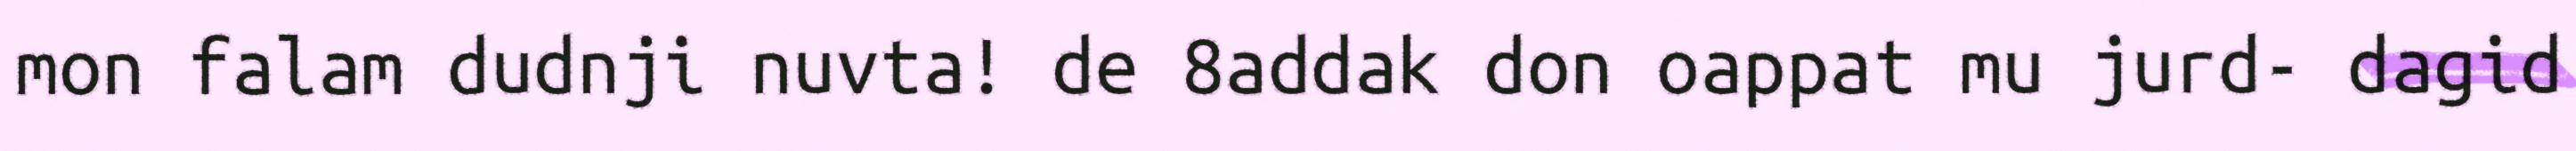
mon falam dudnji nuvta! de 8addak don oappat mu jurd- dagid